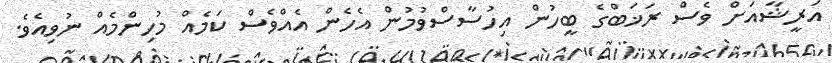
އަރީޝާއަށް ވެސް ރަޚަބްގެ ބީހުން އިހުސާސްވުމުން އެހެން އެއްވެސް ކަމެއް މުހިންމެއް ނުވިއެވެ.